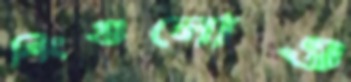
শিংগুলোও